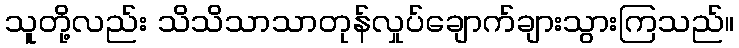
သူတို့လည်း သိသိသာသာတုန်လှုပ်ချောက်ချားသွားကြသည်။